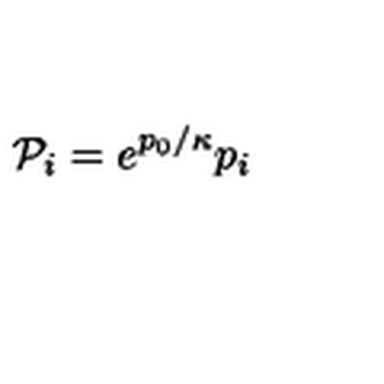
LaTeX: { \cal P } _ { i } = e ^ { p _ { 0 } / \kappa } p _ { i }